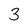
Character: 3